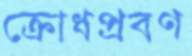
ক্রোধপ্রবণ